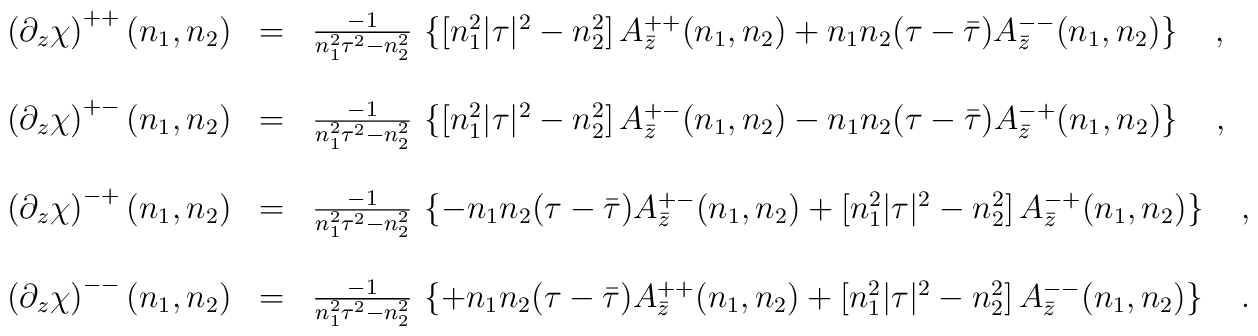
\begin{array}{r c l}\left(\partial_z\chi\right)^{++}(n_1,n_2)&=&\frac{-1}{n^2_1\tau^2-n^2_2}\,\left\{\left[n^2_1|\tau|^2-n^2_2\right]A_{\bar{z}}^{++}(n_1,n_2)+n_1n_2(\tau-\bar{\tau})A_{\bar{z}}^{--}(n_1,n_2)\right\}\ \ \ ,\\ & & \\\left(\partial_z\chi\right)^{+-}(n_1,n_2)&=&\frac{-1}{n^2_1\tau^2-n^2_2}\,\left\{\left[n^2_1|\tau|^2-n^2_2\right]A_{\bar{z}}^{+-}(n_1,n_2)-n_1n_2(\tau-\bar{\tau})A_{\bar{z}}^{-+}(n_1,n_2)\right\}\ \ \ ,\\ & & \\\left(\partial_z\chi\right)^{-+}(n_1,n_2)&=&\frac{-1}{n^2_1\tau^2-n^2_2}\,\left\{-n_1n_2(\tau-\bar{\tau})A_{\bar{z}}^{+-}(n_1,n_2)+\left[n^2_1|\tau|^2-n^2_2\right]A_{\bar{z}}^{-+}(n_1,n_2)\right\}\ \ \ ,\\ & & \\\left(\partial_z\chi\right)^{--}(n_1,n_2)&=&\frac{-1}{n^2_1\tau^2-n^2_2}\,\left\{+n_1n_2(\tau-\bar{\tau})A_{\bar{z}}^{++}(n_1,n_2)+\left[n^2_1|\tau|^2-n^2_2\right]A_{\bar{z}}^{--}(n_1,n_2)\right\}\ \ \ .\end{array}